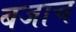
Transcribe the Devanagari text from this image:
बजाच